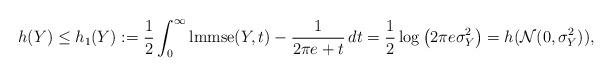
LaTeX: \begin{align*} h(Y) \le h_1(Y) := \frac12 \int_0^\infty \mathrm{lmmse}(Y ,t) - \frac{1}{2\pi e + t} \, dt = \frac12 \log\left( 2\pi e \sigma_Y^2 \right) = h(\mathcal{N}(0,\sigma_Y^2)),\end{align*}